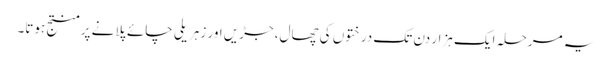
یہ مرحلہ ایک ہزار دن تک درختوں کی چھال، جڑیں اور زہریلی چائے پلانے پر منتج ہوتا۔